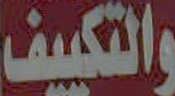
والتكييف